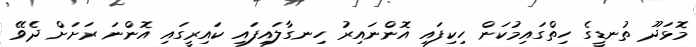
މޮޅަދޫ ތުނޑީގެ ހިތްގައިމުކަން ހިކިފައި އޮންނައިރު ހިނގާލައިފައި ކައިރީގައި އޮންނަ ރަށަށް ދެވޭ